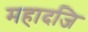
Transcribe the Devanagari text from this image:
महादजि